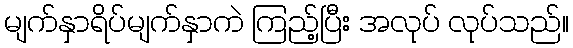
မျက်နှာရိပ်မျက်နှာကဲ ကြည့်ပြီး အလုပ် လုပ်သည်။